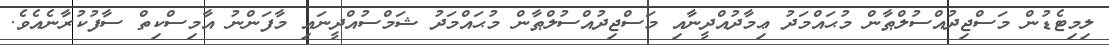
ލިމިޓެޑުން މަސްޖިދުއްސުލްޠާން މުޙައްމަދު ޢިމާދުއްދީނާއި މަސްޖިދުއްސުލްޠާން މުޙައްމަދު ޝަމްސުއްދީނައި މާފަންނު އާމިސްކިތް ސާފުކުރާނެއެވެ.